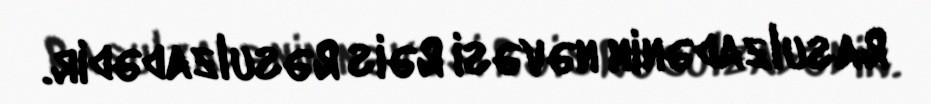
Rasulzadənin nəvəsi Rəis Rəsulzadədir.